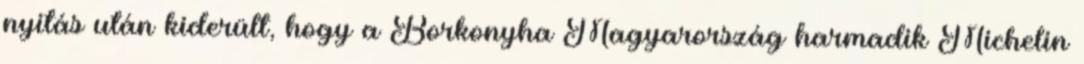
nyitás után kiderült, hogy a Borkonyha Magyarország harmadik Michelin